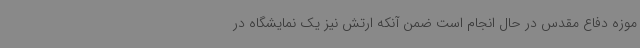
موزه دفاع مقدس در حال انجام است ضمن آنکه ارتش نیز یک نمایشگاه در